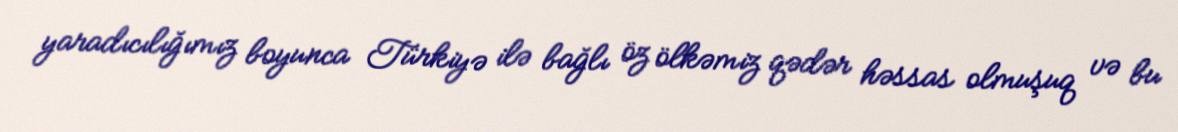
yaradıcılığımız boyunca Türkiyə ilə bağlı öz ölkəmiz qədər həssas olmuşuq və bu